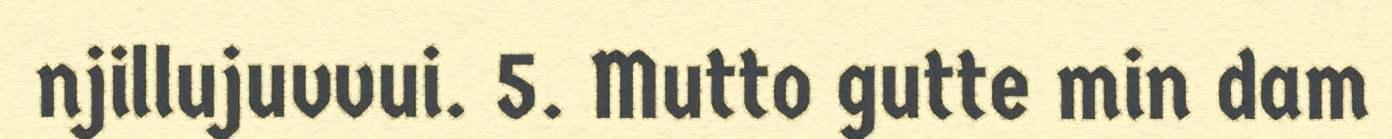
njillujuvvui. 5. Mutto gutte min dam